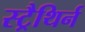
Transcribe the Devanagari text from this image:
स्ट्रैथिर्न